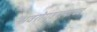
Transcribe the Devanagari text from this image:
भवरोगहरत्याच्च